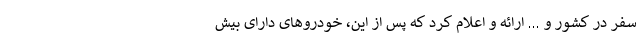
سفر در کشور و ... ارائه و اعلام کرد که پس از این، خودروهای دارای بیش